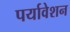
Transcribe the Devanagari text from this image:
पर्यावेशन